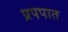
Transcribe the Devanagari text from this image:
प्रपपात